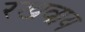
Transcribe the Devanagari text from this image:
रखवाय